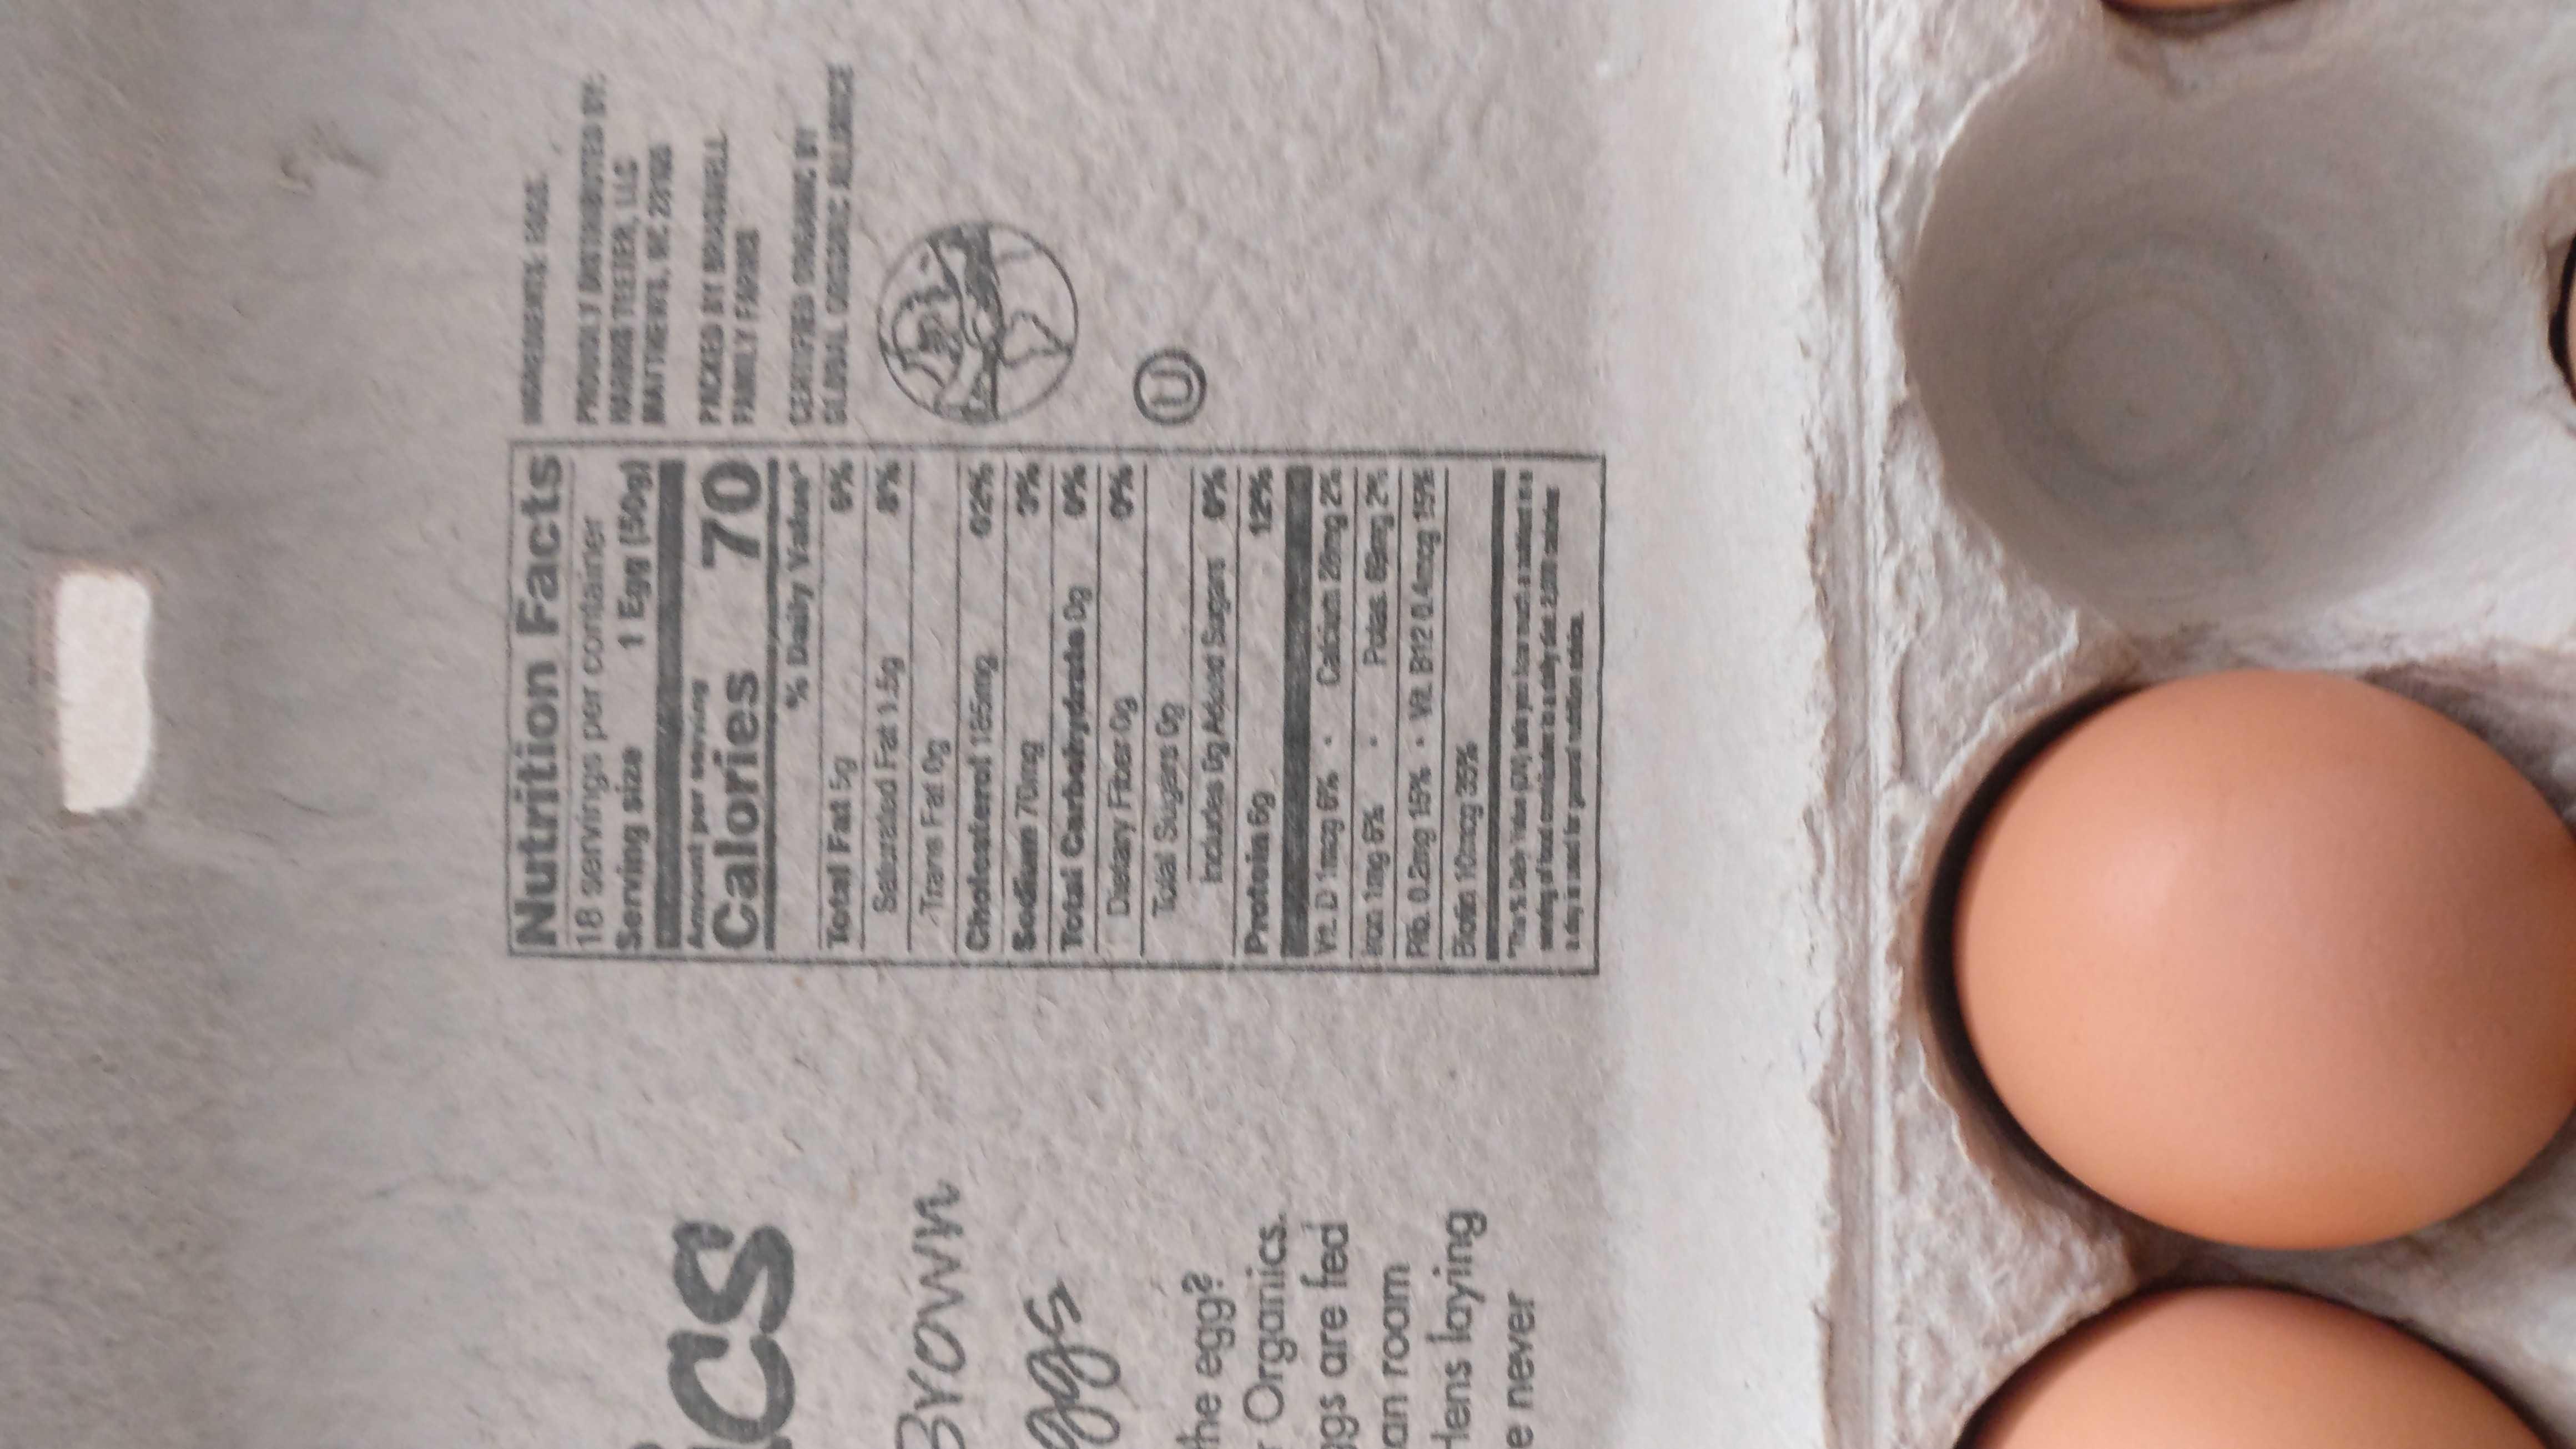
Nutrition Facts ss 18 servings per container Serving size
1 Egg (50g)
511
Calories
70CESBT BRAELL
Buon andumosun
% Daily Valu CERTED ONGANC BY
as
Total Fat 5g
Salurated Fat 1.5g
Trans Fat 0g Cholcsterol 1asmg
Sodium 70mg
0%
Total Carbokydaate Og
0%
Dietary Fiber Og Talal Sugars Gg Includes ig Aduct Sugars % Protoin 6g
0%
he egg? Organics. gs are fed
12%
Calcium 28ng 2% Patas. 69mg 2% VR B12 0.4mcg 19%
an room
Rib. 0.2mg 15%
Hens laying
Bloin 10cg 35%
utition adi